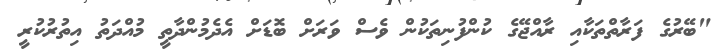
"ބޭރުގެ ފަރާތްތަކާއި ރާއްޖޭގެ ކުންފުނިތަކުން ވެސް ވަރަށް ބޮޑަށް އެދެމުންދާތީ މުއްދަތު އިތުރުކުރީ